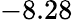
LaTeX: -8.28